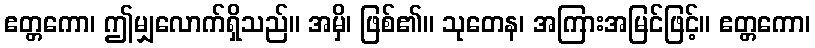
ဧတ္တကော၊ ဤမျှလောက်ရှိသည်။ အမှိ၊ ဖြစ်၏။ သုတေန၊ အကြားအမြင်ဖြင့်။ ဧတ္တကော၊